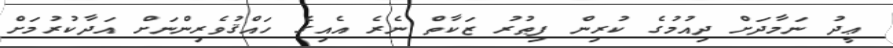
ޢީދު ނަމާދަށް ދިއުމުގެ ކުރިން ފިޠުރު ޒަކާތް ނެރެ އެއިގެ ހައްޤުވެރިންނަށް އަދާކުރުމަށް